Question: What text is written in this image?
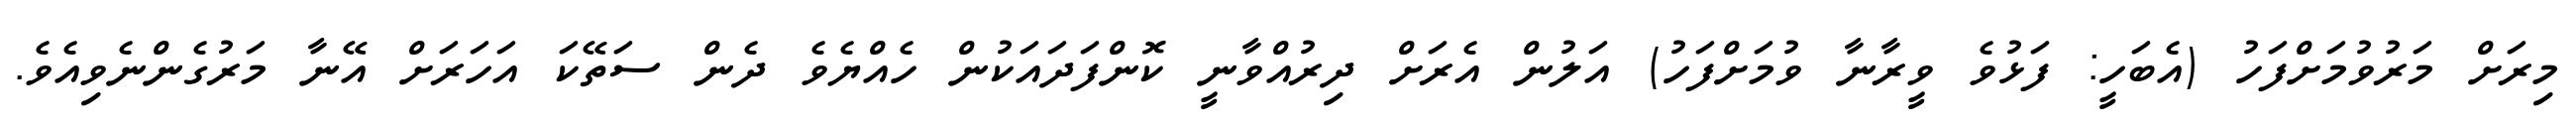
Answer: މިރަށް މަރުވުމަށްފަހު (އެބަހީ: ފަޅުވެ ވީރާނާ ވުމަށްފަހު) އަލުން އެރަށް ދިރުއްވާނީ ކޮންފަދައަކުން ހެއްޔެވެ ދެން ސަތޭކަ އަހަރަށް އޭނާ މަރުގެންނެވިއެވެ.